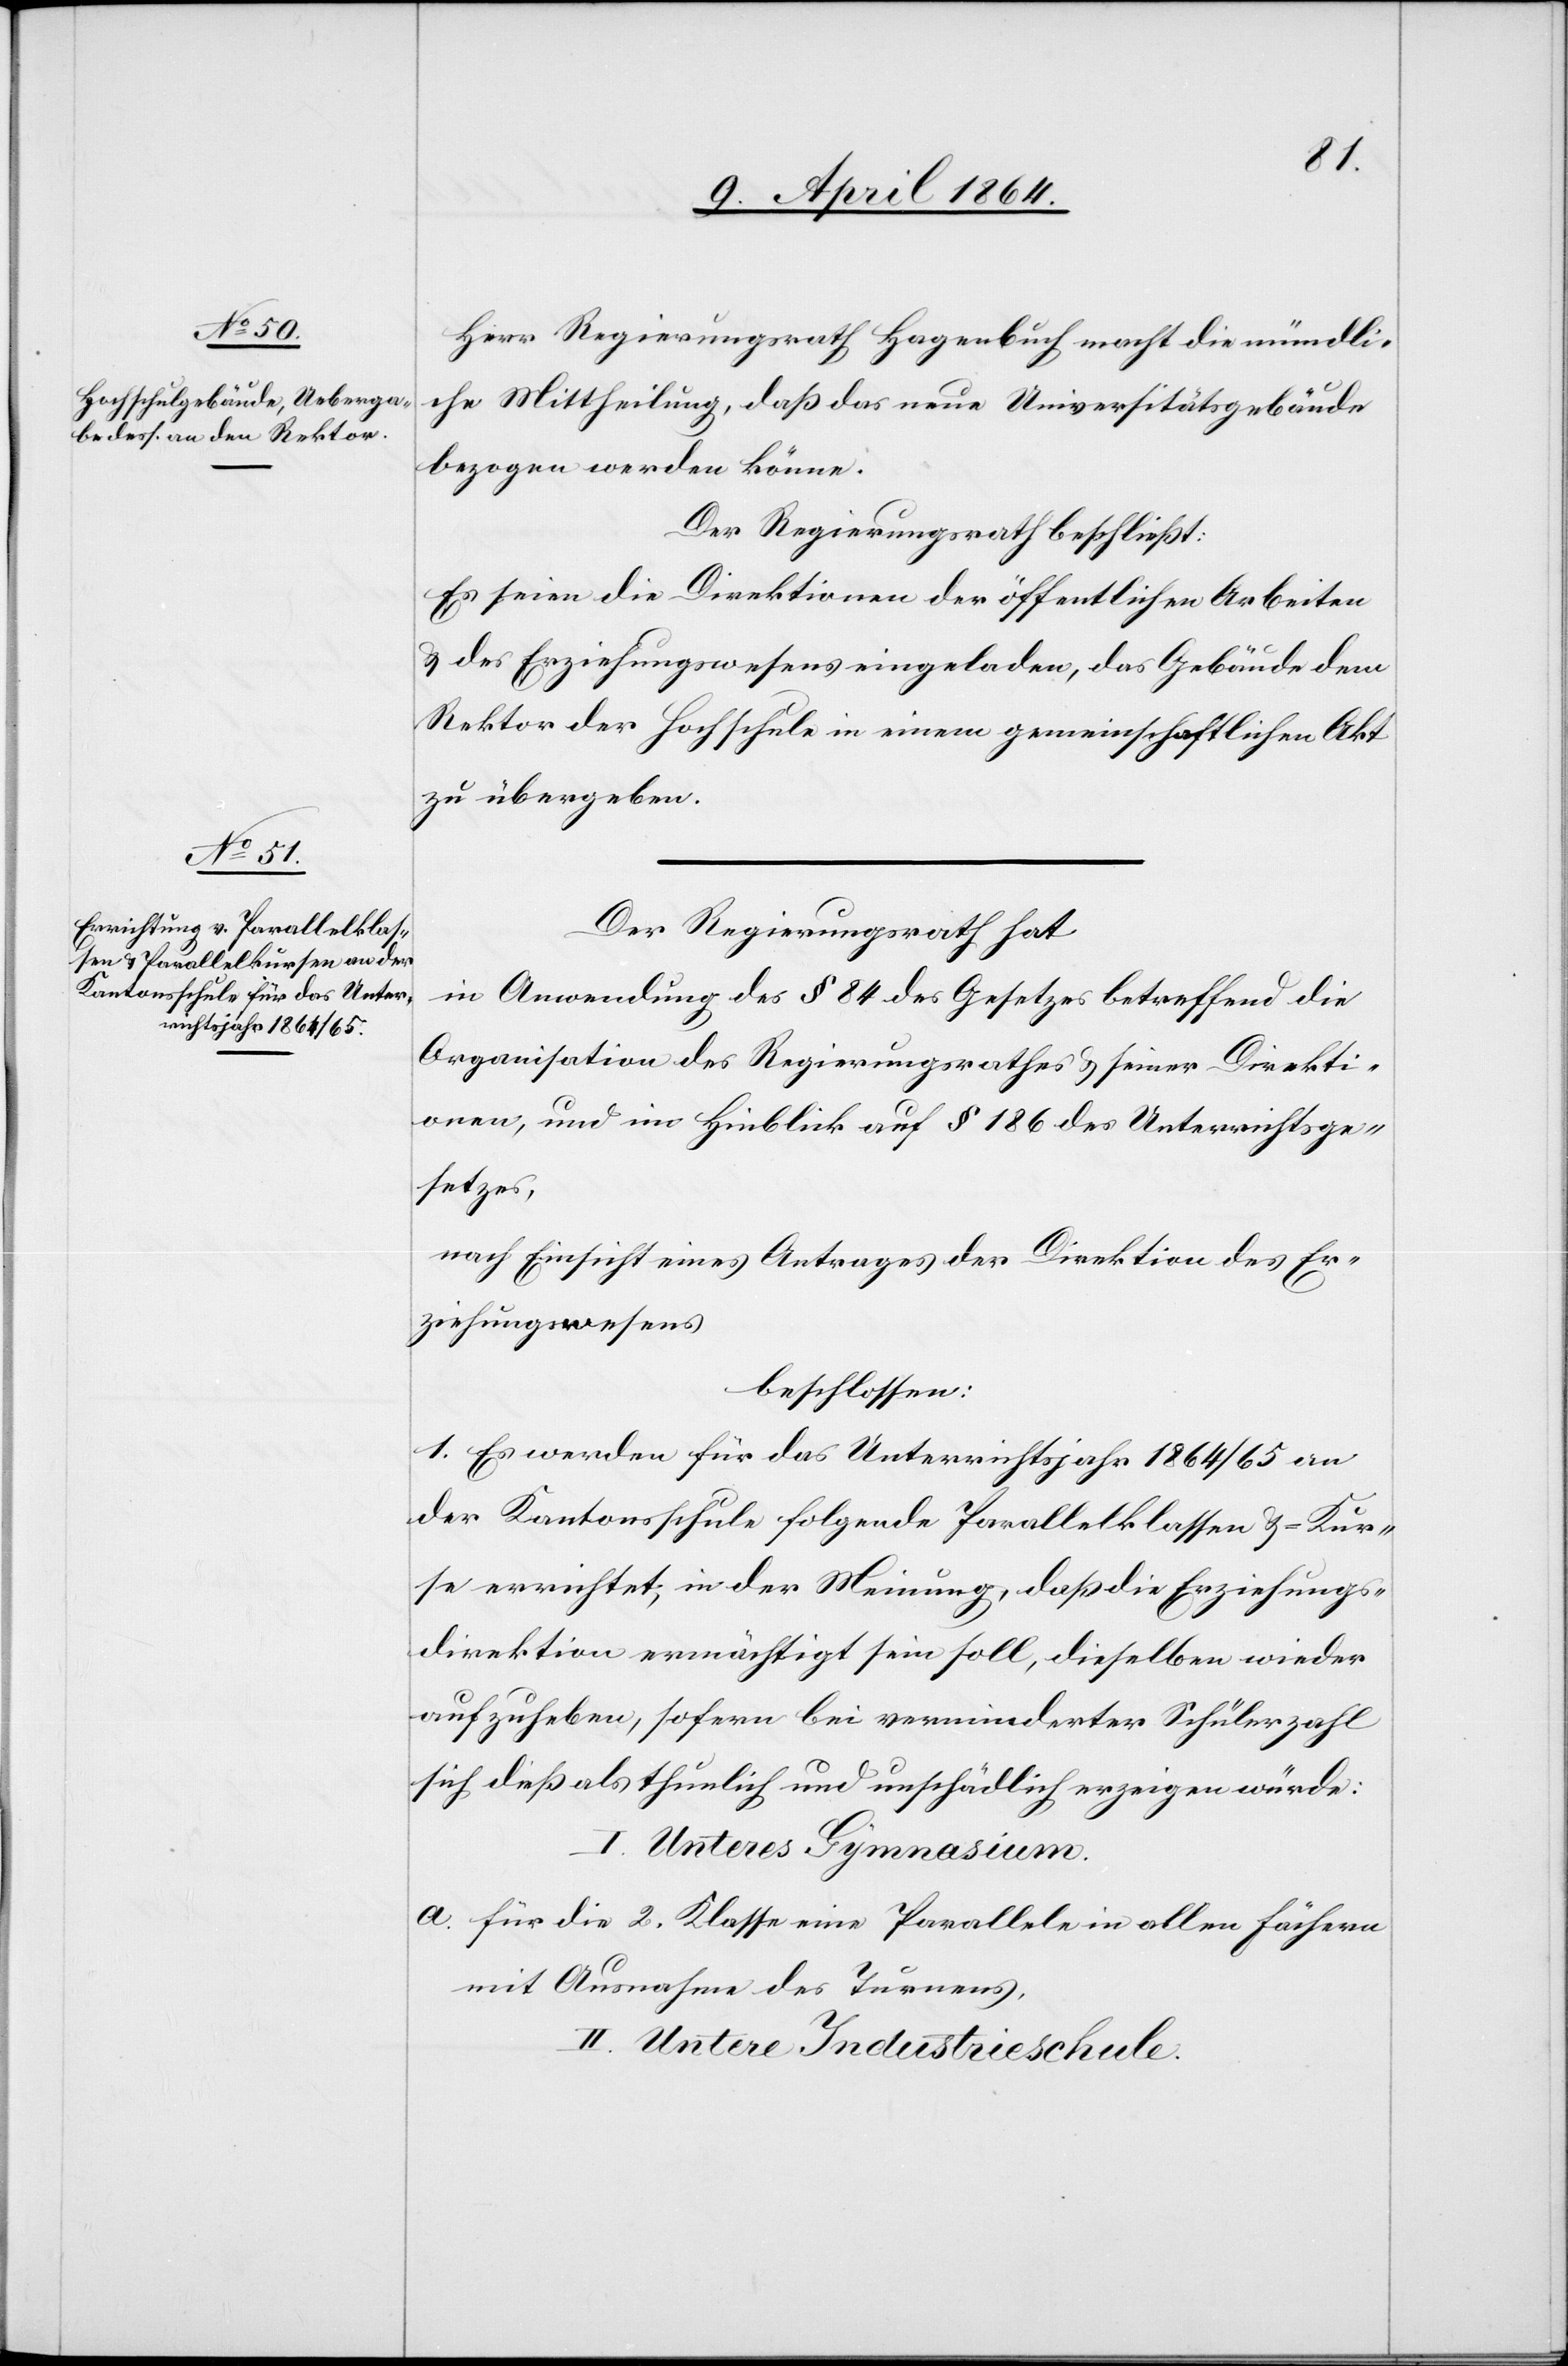
Herr Regierungsrath Hagenbuch macht die mündli¬
che Mittheilung, daß das neue Universitätsgebäude
bezogen werden könne.
Der Regierungsrath beschließt:
Es seien die Direktionen der öffentlichen Arbeiten
u. des Erziehungswesens eingeladen, das Gebäude dem
Rektor der Hochschule in einem gemeinschaftlichen Akt
zu übergeben.
Der Regierungsrath hat
in Anwendung des § 84 des Gesetzes betreffend die
Organisation des Regierungsrathes u. seiner Direkti¬
onen, und im Hinblick auf § 186 des Unterrichtsge¬
setzes,
nach Einsicht eines Antrages der Direktion des Er¬
ziehungswesens
beschlossen:
1. Es werden für das Unterrichtsjahr 1864/65 an
der Kantonsschule folgende Parallelklassen u. -Kur¬
se errichtet, in der Meinung, daß die Erziehungs¬
direktion ermächtigt sein soll, dieselben wieder
aufzuheben, sofern bei verminderter Schülerzahl
sich dieß als thunlich und unschädlich erzeigen würde:
I. Unteres Gymnasium.
a. für die 2. Klasse eine Parallele in allen Fächern
mit Ausnahme des Turnens.
II. Untere Industrieschule.